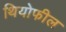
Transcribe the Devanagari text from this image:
थियोफील